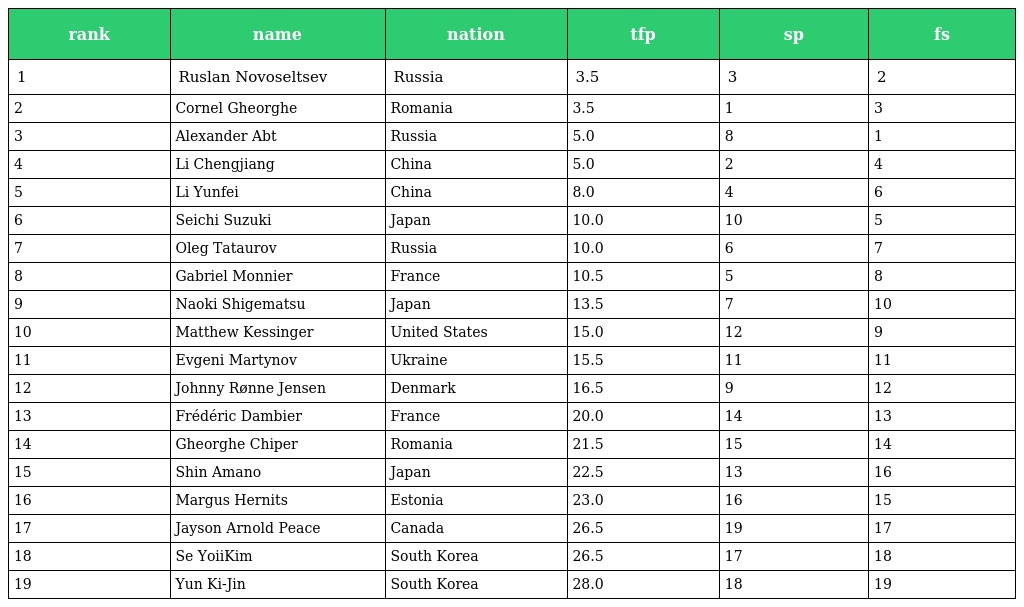
| rank | name | nation | tfp | sp | fs |
 | --- | --- | --- | --- | --- | --- |
 | 1 | Ruslan Novoseltsev | Russia | 3.5 | 3 | 2 |
 | 2 | Cornel Gheorghe | Romania | 3.5 | 1 | 3 |
 | 3 | Alexander Abt | Russia | 5.0 | 8 | 1 |
 | 4 | Li Chengjiang | China | 5.0 | 2 | 4 |
 | 5 | Li Yunfei | China | 8.0 | 4 | 6 |
 | 6 | Seichi Suzuki | Japan | 10.0 | 10 | 5 |
 | 7 | Oleg Tataurov | Russia | 10.0 | 6 | 7 |
 | 8 | Gabriel Monnier | France | 10.5 | 5 | 8 |
 | 9 | Naoki Shigematsu | Japan | 13.5 | 7 | 10 |
 | 10 | Matthew Kessinger | United States | 15.0 | 12 | 9 |
 | 11 | Evgeni Martynov | Ukraine | 15.5 | 11 | 11 |
 | 12 | Johnny Rønne Jensen | Denmark | 16.5 | 9 | 12 |
 | 13 | Frédéric Dambier | France | 20.0 | 14 | 13 |
 | 14 | Gheorghe Chiper | Romania | 21.5 | 15 | 14 |
 | 15 | Shin Amano | Japan | 22.5 | 13 | 16 |
 | 16 | Margus Hernits | Estonia | 23.0 | 16 | 15 |
 | 17 | Jayson Arnold Peace | Canada | 26.5 | 19 | 17 |
 | 18 | Se YoiiKim | South Korea | 26.5 | 17 | 18 |
 | 19 | Yun Ki-Jin | South Korea | 28.0 | 18 | 19 |